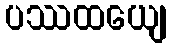
ပဿထယျေ